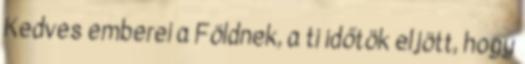
Kedves emberei a Földnek, a ti időtök eljött, hogy